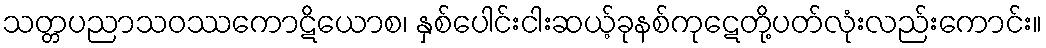
သတ္တပညာသဝဿကောဋိယောစ၊ နှစ်ပေါင်းငါးဆယ့်ခုနစ်ကုဋေတို့ပတ်လုံးလည်းကောင်း။